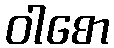
ဝါစော